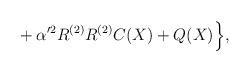
LaTeX: \begin{align*}{}+ \alpha'^2 R^{(2)} R^{(2)} C(X) + Q(X)\Bigr\},\end{align*}